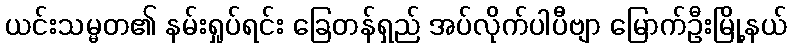
ယင်းသမ္မတ၏ နမ်းရှုပ်ရင်း ခြေတန်ရှည် အပ်လိုက်ပါပီဗျာ မြောက်ဦးမြို့နယ်